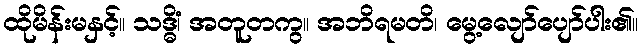
ထိုမိန်းမနှင့်။ သဒ္ဓိံ၊ အတူတကွ။ အဘိရမတိ၊ မွေ့လျော်ပျော်ပါး၏။